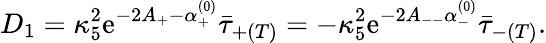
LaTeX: D_{1}=\kappa_{5}^{2}\mathrm{e}^{-2A_{+}-\alpha_{+}^{(0)}}\bar{{\tau}}_{+(T)}=-\kappa_{5}^{2}\mathrm{e}^{-2A_{--}\alpha_{-}^{(0)}}\bar{{\tau}}_{-(T)}.